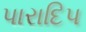
પારાદિપ